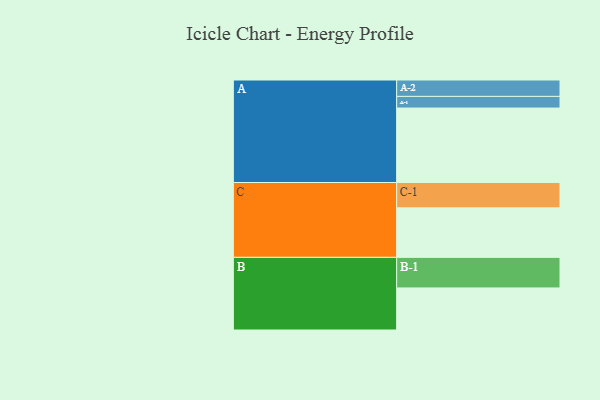
{"axis": {"x": "Segment", "y": "Value"}, "legend": ["", "A", "B", "C"], "data": [{"x": "A", "y": 531, "type": ""}, {"x": "B", "y": 300, "type": ""}, {"x": "C", "y": 353, "type": ""}, {"x": "A-1", "y": 83, "type": "A"}, {"x": "A-2", "y": 117, "type": "A"}, {"x": "B-1", "y": 218, "type": "B"}, {"x": "C-1", "y": 181, "type": "C"}]}